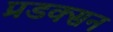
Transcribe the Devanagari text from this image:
प्रडक्सन